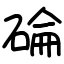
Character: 碖